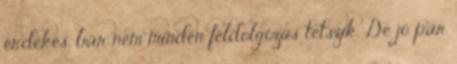
érdekes, bár nem minden feldolgozás tetszik. De jó pár